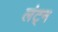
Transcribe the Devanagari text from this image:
लंट्न